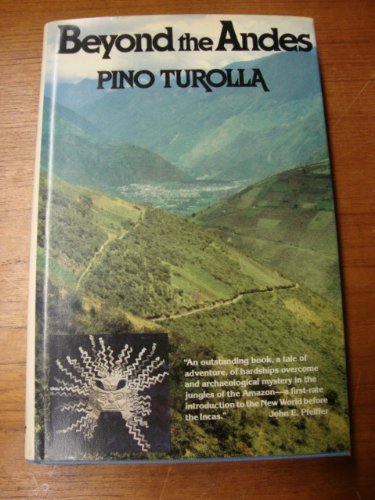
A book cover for Beyond the Andes: My Search for the Origins of Pre-Inca Civilization; Pino Turolla; History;